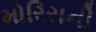
મોરિસની